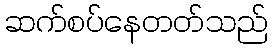
ဆက်စပ်နေတတ်သည်